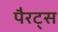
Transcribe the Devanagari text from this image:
पैरट्स